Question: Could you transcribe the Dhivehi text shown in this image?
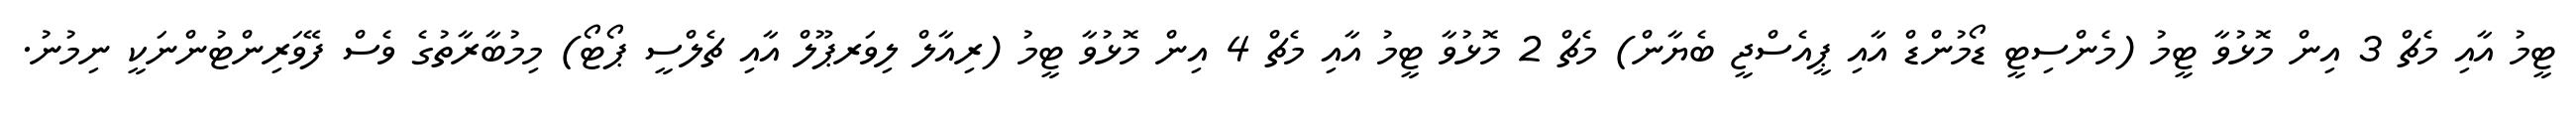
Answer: ޓީމު އާއި މެޗް 3 އިން މޮޅުވާ ޓީމު (މެންސިޓީ ޑޯމުންޑް އާއި ޕީއެސްޖީ ބެޔާން) މެޗް 2 މޮޅުވާ ޓީމު އާއި މެޗް 4 އިން މޮޅުވާ ޓީމު (ރިއާލް ލިވަރޕޫލް އާއި ޗެލްސީ ޕޯޓޯ) މިމުބާރާތުގެ ވެސް ފޭވަރިންޓުންނަކީ ނިމުނު.